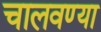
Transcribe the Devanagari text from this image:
चालवण्या